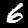
Label: 6